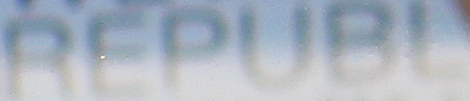
REPUBL